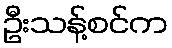
ဦးသန့်စင်က